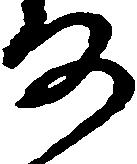
な